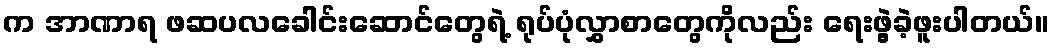
က အာဏာရ ဖဆပလခေါင်းဆောင်တွေရဲ့ ရုပ်ပုံလွှာစာတွေကိုလည်း ရေးဖွဲ့ခဲ့ဖူးပါတယ်။